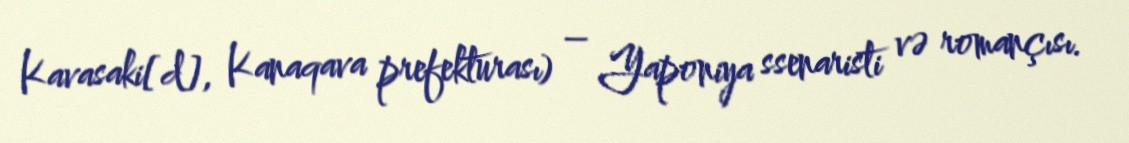
Kavasaki[d], Kanaqava prefekturası) – Yaponiya ssenaristi və romançısı.